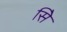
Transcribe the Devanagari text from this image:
सिे